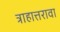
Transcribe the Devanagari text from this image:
त्राहात्तरावा